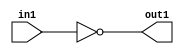
`timescale 1ps / 1ps
/*****************************************************************************
    Verilog RTL Description
    
    
    Created by: CellMath Designer 2019.1.01 
*******************************************************************************/

module DFT_compute_Equal_1U_10_4 (
	in1,
	out1
	); /* architecture "behavioural" */ 
input [3:0] in1;
output  out1;
wire  asc001;

assign asc001 = (9'B000000000==in1);

assign out1 = asc001;
endmodule

/* CADENCE  urb5SA4= : u9/ySgnWtBlWxVPRXgAZ4Og= ** DO NOT EDIT THIS LINE ******/